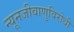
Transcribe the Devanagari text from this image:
न्यूनजीवाणुविरोधी